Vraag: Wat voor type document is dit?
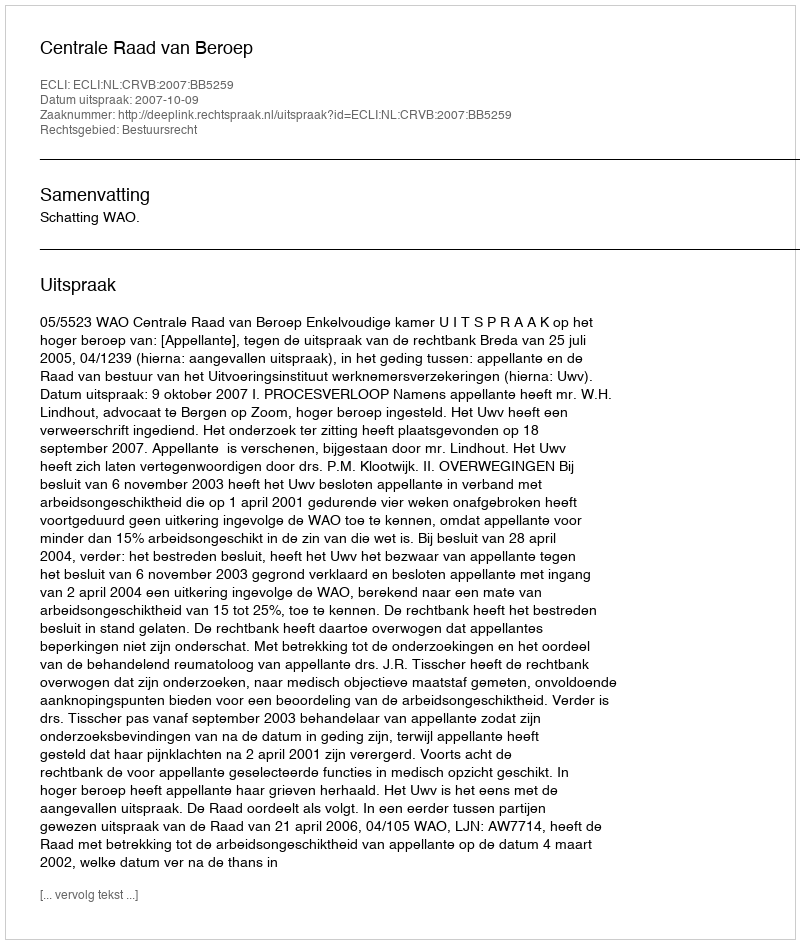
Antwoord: Uitspraak